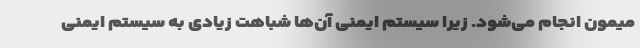
میمون انجام می‌شود. زیرا سیستم ایمنی آن‌ها شباهت زیادی به سیستم ایمنی